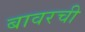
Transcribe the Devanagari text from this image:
बावरची